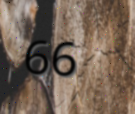
66